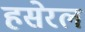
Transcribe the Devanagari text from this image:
हसेरल